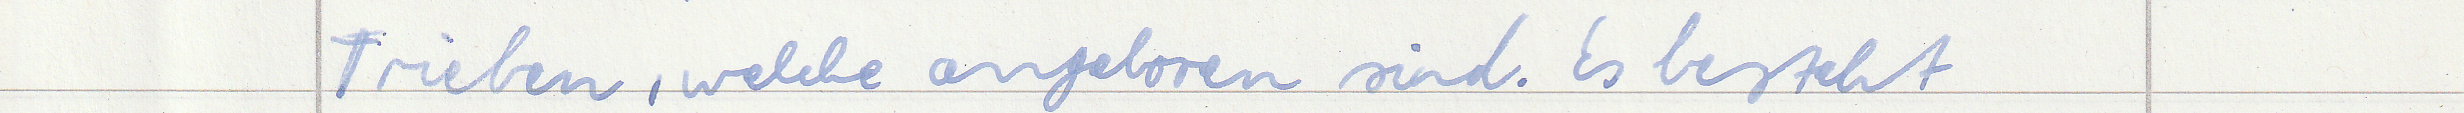
Trieben, welche angeboren sind. Es besteht